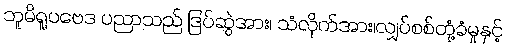
ဘူမိရူပဗေဒ ပညာသည် ဒြပ်ဆွဲအား၊ သံလိုက်အား၊လျှပ်စစ်တုံ့ခံမှုနှင့်